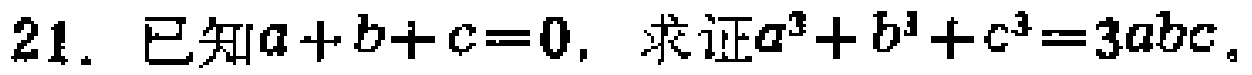
21. 已知\(a + b + c = 0\)，求证\(a^{3}+b^{3}+c^{3}=3abc\)。